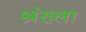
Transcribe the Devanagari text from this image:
श्रंख्ला